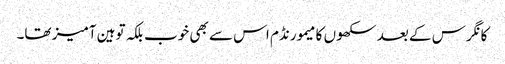
کانگرس کے بعد سکھوں کا میمورنڈم اس سے بھی خوب بلکہ توہین آمیز تھا۔